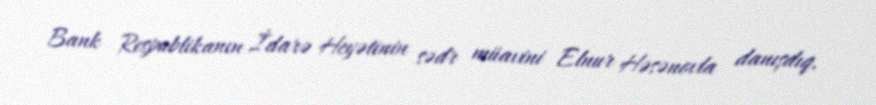
Bank Respublikanın İdarə Heyətinin sədr müavini Elnur Həsənovla danışdıq.